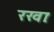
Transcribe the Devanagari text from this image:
रखाः